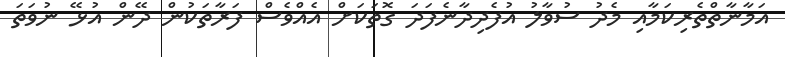
އަމާނާތްތެރިކަމާއި މެދު ސުވާލު އުފެދިދާނެފަދަ ގޮތަކަށް އެއްވެސް ފަރާތަކުން ދޭން އުޅޭ ނުވަތަ